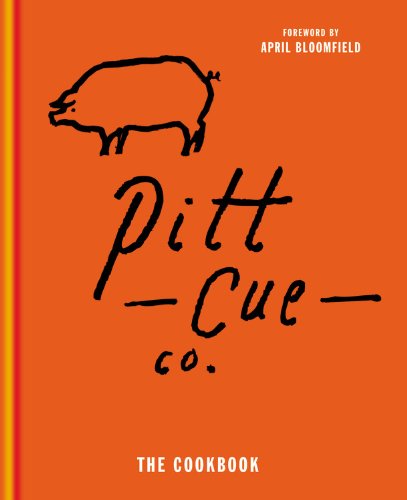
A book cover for Pitt Cue Co. The Cookbook; Pitt Cue Co.; Cookbooks, Food & Wine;